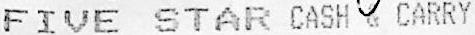
FIVE STAR CASH & CARRY